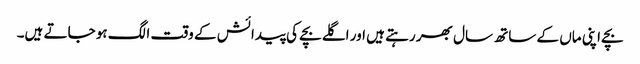
بچے اپنی ماں کے ساتھ سال بھر رہتے ہیں اور اگلے بچے کی پیدائش کے وقت الگ ہو جاتے ہیں۔